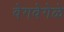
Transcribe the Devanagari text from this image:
वेगवेगेळे